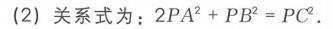
(2) 关系式为：\(2PA^{2}+PB^{2}=PC^{2}\).